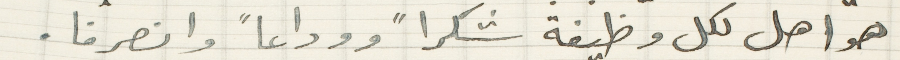
هو اهل لكل وظيفة شكراً ووداعاً وانصرفا